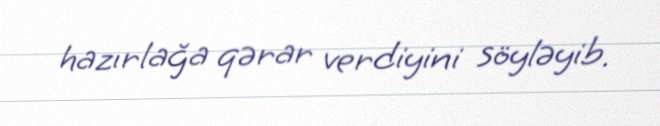
hazırlağa qərar verdiyini söyləyib.